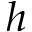
h